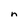
Character: n